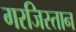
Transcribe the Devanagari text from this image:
गरजिस्तान